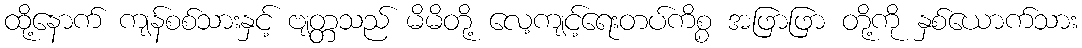
ထို့နောက် ကျန်စစ်သားနှင့် ဗျတ္တသည် မိမိတို့ လေ့ကျင့်ရေးတပ်ကိစ္စ အဖြာဖြာ တို့ကို နှစ်ယောက်သား